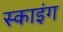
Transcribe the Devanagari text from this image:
स्‍काइंग